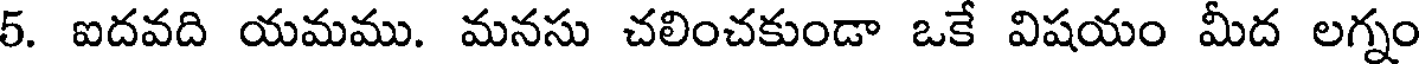
5. ఐదవది యమము. మనసు చలించకుండా ఒకే విషయం మీద లగ్నం